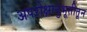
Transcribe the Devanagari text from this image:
अपरोक्षानुभूतीतून